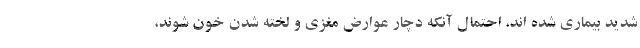
شدید بیماری شده اند، احتمال آنکه دچار عوارض مغزی و لخته شدن خون شوند،